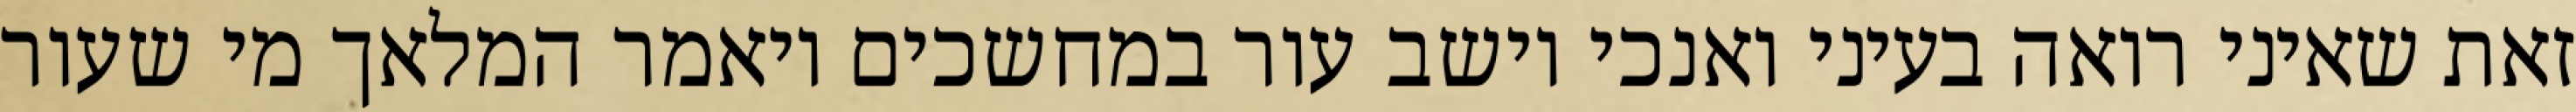
זאת שאיני רואה בעיני ואנכי יושב עור במחשכים ויאמר המלאך מי שעור